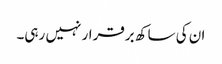
ان کی ساکھ برقرار نہیں رہی۔